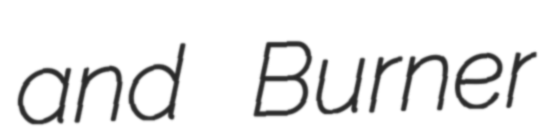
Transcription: and Burner